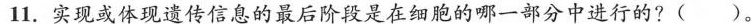
11.实现或体现遗传信息的最后阶段是在细胞的哪一部分中进行的?()。